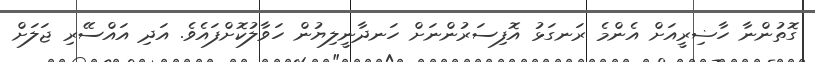
ގޮތުންނާ ހާޟިރީއަށް އެންމެ ރަނގަޅު އޮފިސަރުންނަށް ހަނދާނީލިޔުން ހަވާލުކޮށްފައެވެ. އަދި އައްސޭރި ޖަލަށް